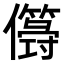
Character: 𠐫